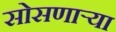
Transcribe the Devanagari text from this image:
सोसणार्‍या